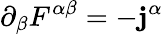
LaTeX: \partial_{\beta}F^{\alpha\beta}=-\mathbf{j}^{\alpha}